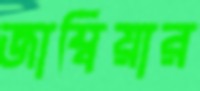
জাম্বিয়ার